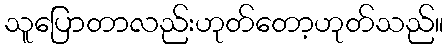
သူပြောတာလည်းဟုတ်တော့ဟုတ်သည်။